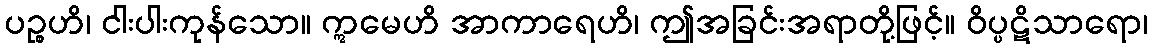
ပဉ္စဟိ၊ ငါးပါးကုန်သော။ ဣမေဟိ အာကာရေဟိ၊ ဤအခြင်းအရာတို့ဖြင့်။ ဝိပ္ပဋိသာရော၊